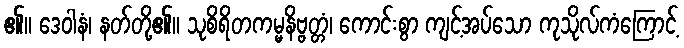
၏။ ဒေဝါနံ၊ နတ်တို့၏။ သုစိရိတကမ္မနိဗ္ဗတ္တံ၊ ကောင်းစွာ ကျင့်အပ်သော ကုသိုလ်ကံကြောင့်